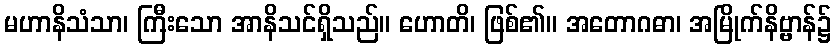
မဟာနိသံသာ၊ ကြီးသော အာနိသင်ရှိသည်။ ဟောတိ၊ ဖြစ်၏။ အတောဂဓာ၊ အမြိုက်နိဗ္ဗာန်၌